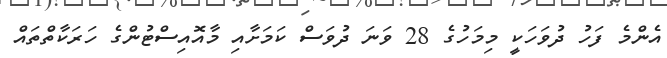
އެންމެ ފަހު ދުވަހަކީ މިމަހުގެ 28 ވަނަ ދުވަސް ކަމަށާއި މާއޮއިސްޓުންގެ ހަރަކާތްތައް